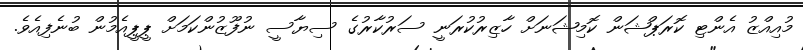
މުއިއްޒު އެންޓި ކޮރަޕްޝަން ކޮމިޝަނަށް ހާޒިރުކުރަނީ ސަރުކާރުގެ ސިޔާސީ ނުފޫޒުންކަމަށް ޕީޕީއެމުން ބުނެފިއެވެ.